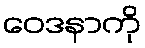
ဝေဒနာကို